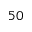
^ Ḋ 5 0 Ḍ